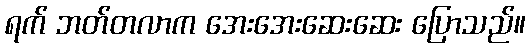
ရက် ဘတ်တလာက အေးအေးဆေးဆေး ပြောသည်။